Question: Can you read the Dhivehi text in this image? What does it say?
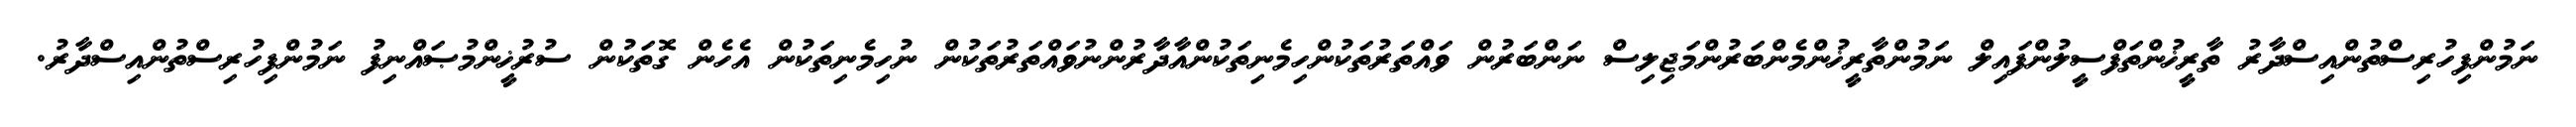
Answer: ނަމުންފިހުރިސްތުންއިސްދާރު ތާރީޚުންތަފްސީލުންފައިލް ނަމުންތާރީޚުންމެންބަރުންމަޖިލިސް ނަންބަރުން ވައްތަރުތަކުންހިމެނިތަކުންއާދާރުންނުވައްތަރުތަކުން ނުހިމެނިތަކުން އެހެން ގޮތަކުން ސުރުޚީންމުޞައްނިފު ނަމުންފިހުރިސްތުންއިސްދާރު.